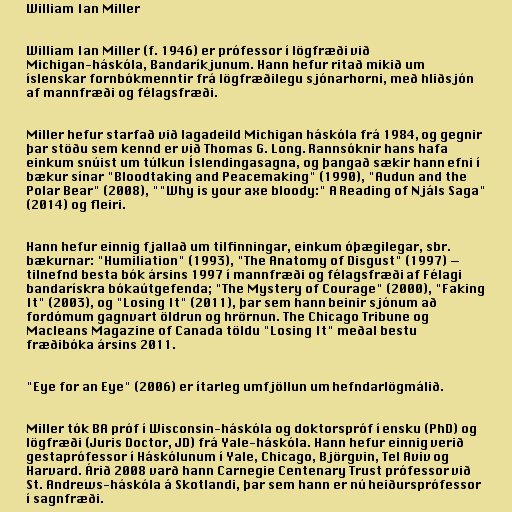
William Ian Miller

William Ian Miller (f. 1946) er prófessor í lögfræði við
Michigan-háskóla, Bandaríkjunum. Hann hefur ritað mikið um
íslenskar fornbókmenntir frá lögfræðilegu sjónarhorni, með hliðsjón
af mannfræði og félagsfræði.

Miller hefur starfað við lagadeild Michigan háskóla frá 1984, og gegnir
þar stöðu sem kennd er við Thomas G. Long. Rannsóknir hans hafa
einkum snúist um túlkun Íslendingasagna, og þangað sækir hann efni í
bækur sínar "Bloodtaking and Peacemaking" (1990), "Audun and the
Polar Bear" (2008), ""Why is your axe bloody:" A Reading of Njáls Saga"
(2014) og fleiri.

Hann hefur einnig fjallað um tilfinningar, einkum óþægilegar, sbr.
bækurnar: "Humiliation" (1993), "The Anatomy of Disgust" (1997) —
tilnefnd besta bók ársins 1997 í mannfræði og félagsfræði af Félagi
bandarískra bókaútgefenda; "The Mystery of Courage" (2000), "Faking
It" (2003), og "Losing It" (2011), þar sem hann beinir sjónum að
fordómum gagnvart öldrun og hrörnun. The Chicago Tribune og
Macleans Magazine of Canada töldu "Losing It" meðal bestu
fræðibóka ársins 2011.

"Eye for an Eye" (2006) er ítarleg umfjöllun um hefndarlögmálið.

Miller tók BA próf í Wisconsin-háskóla og doktorspróf í ensku (PhD) og
lögfræði (Juris Doctor, JD) frá Yale-háskóla. Hann hefur einnig verið
gestaprófessor í Háskólunum í Yale, Chicago, Björgvin, Tel Aviv og
Harvard. Árið 2008 varð hann Carnegie Centenary Trust prófessor við
St. Andrews-háskóla á Skotlandi, þar sem hann er nú heiðursprófessor
í sagnfræði.